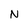
Character: N